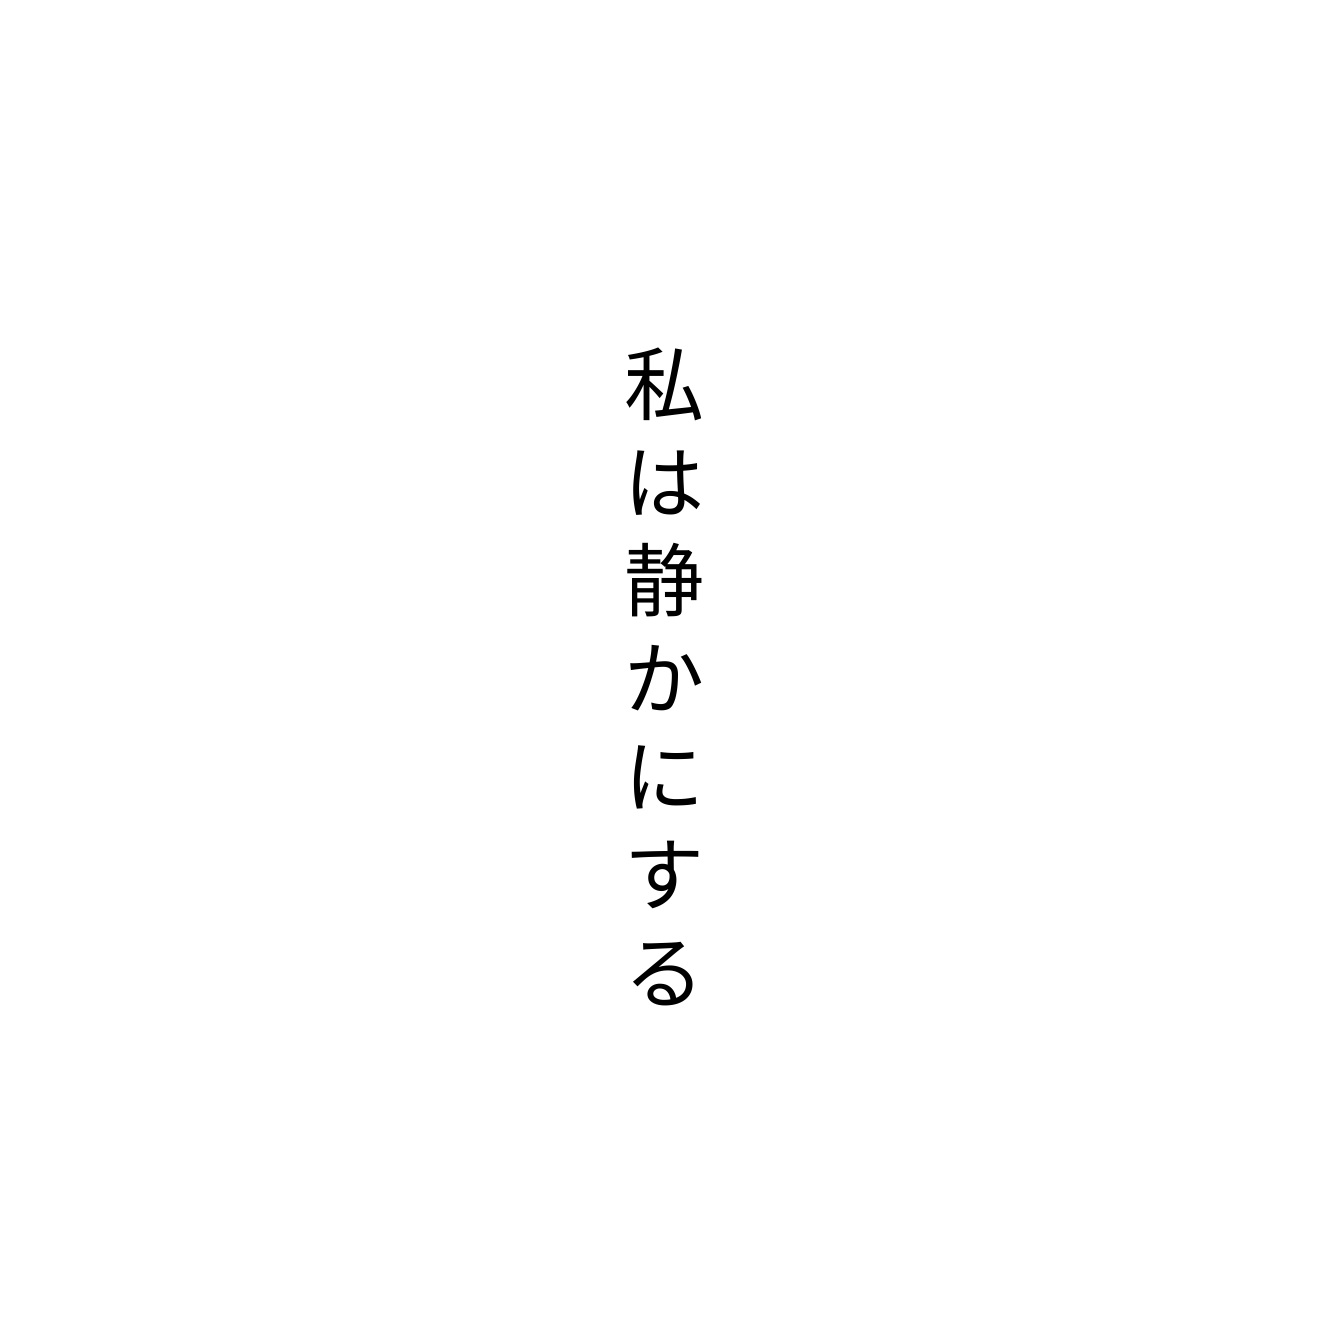
私は静かにする